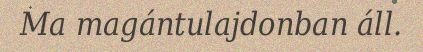
Ma magántulajdonban áll.